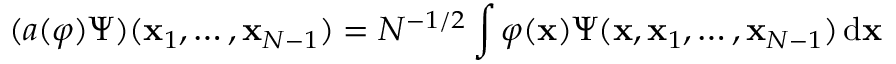
( a ( \varphi ) \Psi ) ( \mathbf { x } _ { 1 } , \ldots , \mathbf { x } _ { N - 1 } ) = N ^ { - 1 / 2 } \int \varphi ( \mathbf { x } ) \Psi ( \mathbf { x } , \mathbf { x } _ { 1 } , \ldots , \mathbf { x } _ { N - 1 } ) \, \mathrm { d } \mathbf { x }